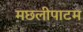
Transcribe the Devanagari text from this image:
मछलीपाटम